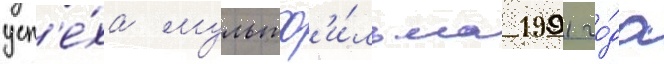
усп'е́ха мультф'и́льма 1991 го́да